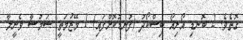
ގޮތެވެ. 2 ބޮނޑި އޯރިއޯ ބިސްކޯދު (ފުނޑުކޮށްފައި) 1 މޭޒުމަތީ ސަމުސާ ވެނީލާ